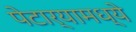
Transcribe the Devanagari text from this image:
पेटार्‍यामध्ये